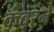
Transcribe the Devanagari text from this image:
कंवरने